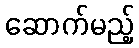
ဆောက်မည့်